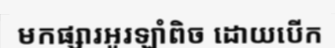
មកផ្សារអូរឡាំពិច ដោយបើក